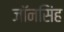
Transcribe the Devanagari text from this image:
जॉनसिंह